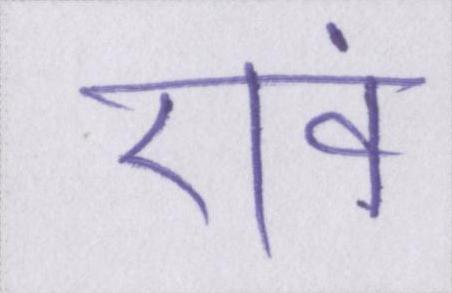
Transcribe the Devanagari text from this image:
एवं